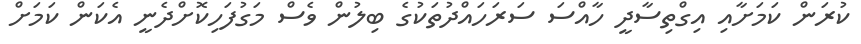
ކުރަން ކަމަށާއި އިގްތިސާދީ ހާއްސަ ސަރަހައްދުތަކުގެ ބިލުން ވެސް މަގުފަހިކޮށްދެނީ އެކަން ކަމަށް